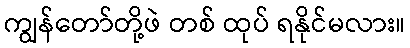
ကျွန်တော်တို့ဖဲ တစ် ထုပ် ရနိုင်မလား။